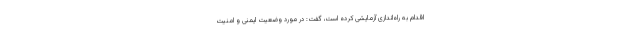
اقدام به راه‌اندازی آزمایشی کرده است، گفت: در مورد وضعیت ایمنی و امنیت